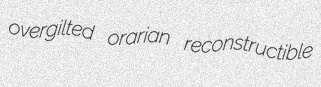
overgilted orarian reconstructible